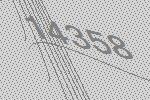
14358